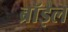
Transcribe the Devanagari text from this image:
ब्रॉइल